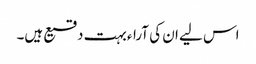
اس لیے ان کی آراء بہت دقیع ہیں۔